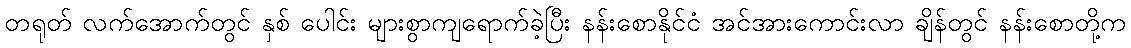
တရုတ် လက်အောက်တွင် နှစ် ပေါင်း များစွာကျရောက်ခဲ့ပြီး နန်းစောနိုင်ငံ အင်အားကောင်းလာ ချိန်တွင် နန်းစောတို့က